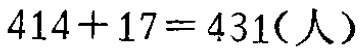
\(414 + 17 = 431(\text{人})\)